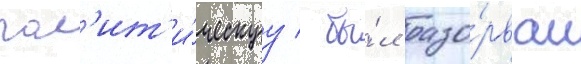
пол'ит'и́ческуу / бы́л разо́рван